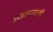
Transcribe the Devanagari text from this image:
प्राजंळपणाचंही